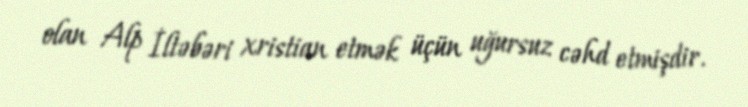
olan Alp İltəbəri xristian etmək üçün uğursuz cəhd etmişdir.